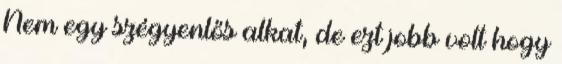
Nem egy szégyenlős alkat, de ezt jobb volt hogy